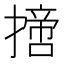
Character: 𢴨